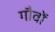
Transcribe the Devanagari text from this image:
गौवों